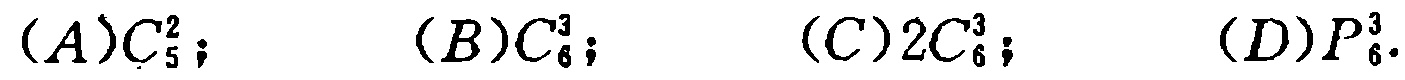
$(A)C_{5}^{2}; \ \ (B)C_{6}^{3}; \ \ (C)2C_{6}^{3}; \ \ (D)P_{6}^{3}.$